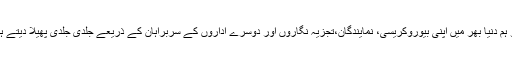
جو ہم دنیا بھر میں اپنی بیوروکریسی، نمایندگان،تجزیہ نگاروں اور دوسرے اداروں کے سربراہان کے ذریعے جلدی جلدی پھیلا دیتے ہیں۔